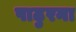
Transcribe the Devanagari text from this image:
पाढुरना